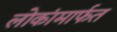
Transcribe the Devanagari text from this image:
लोकांमार्फत